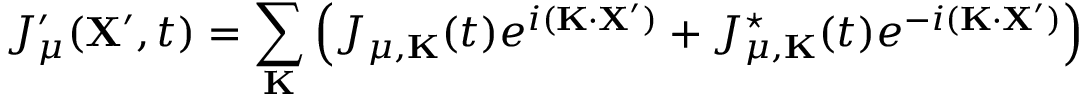
J _ { \mu } ^ { \prime } ( { \bf X } ^ { \prime } , t ) = \sum _ { \bf K } \left( J _ { \mu , { \bf K } } ( t ) e ^ { i ( { \bf K } \cdot { \bf X ^ { \prime } } ) } + J _ { \mu , { \bf K } } ^ { \star } ( t ) e ^ { - i ( { \bf K } \cdot { \bf X ^ { \prime } } ) } \right)